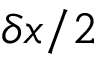
\delta x / 2